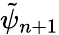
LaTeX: \tilde{\psi}_{n+1}